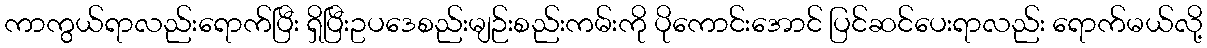
ကာကွယ်ရာလည်းရောက်ပြီး ရှိပြီးဥပဒေစည်းမျဉ်းစည်းကမ်းကို ပိုကောင်းအောင် ပြင်ဆင်ပေးရာလည်း ရောက်မယ်လို့